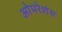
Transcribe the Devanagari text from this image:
ओपरेशंस